Riigikantselei, lk 8
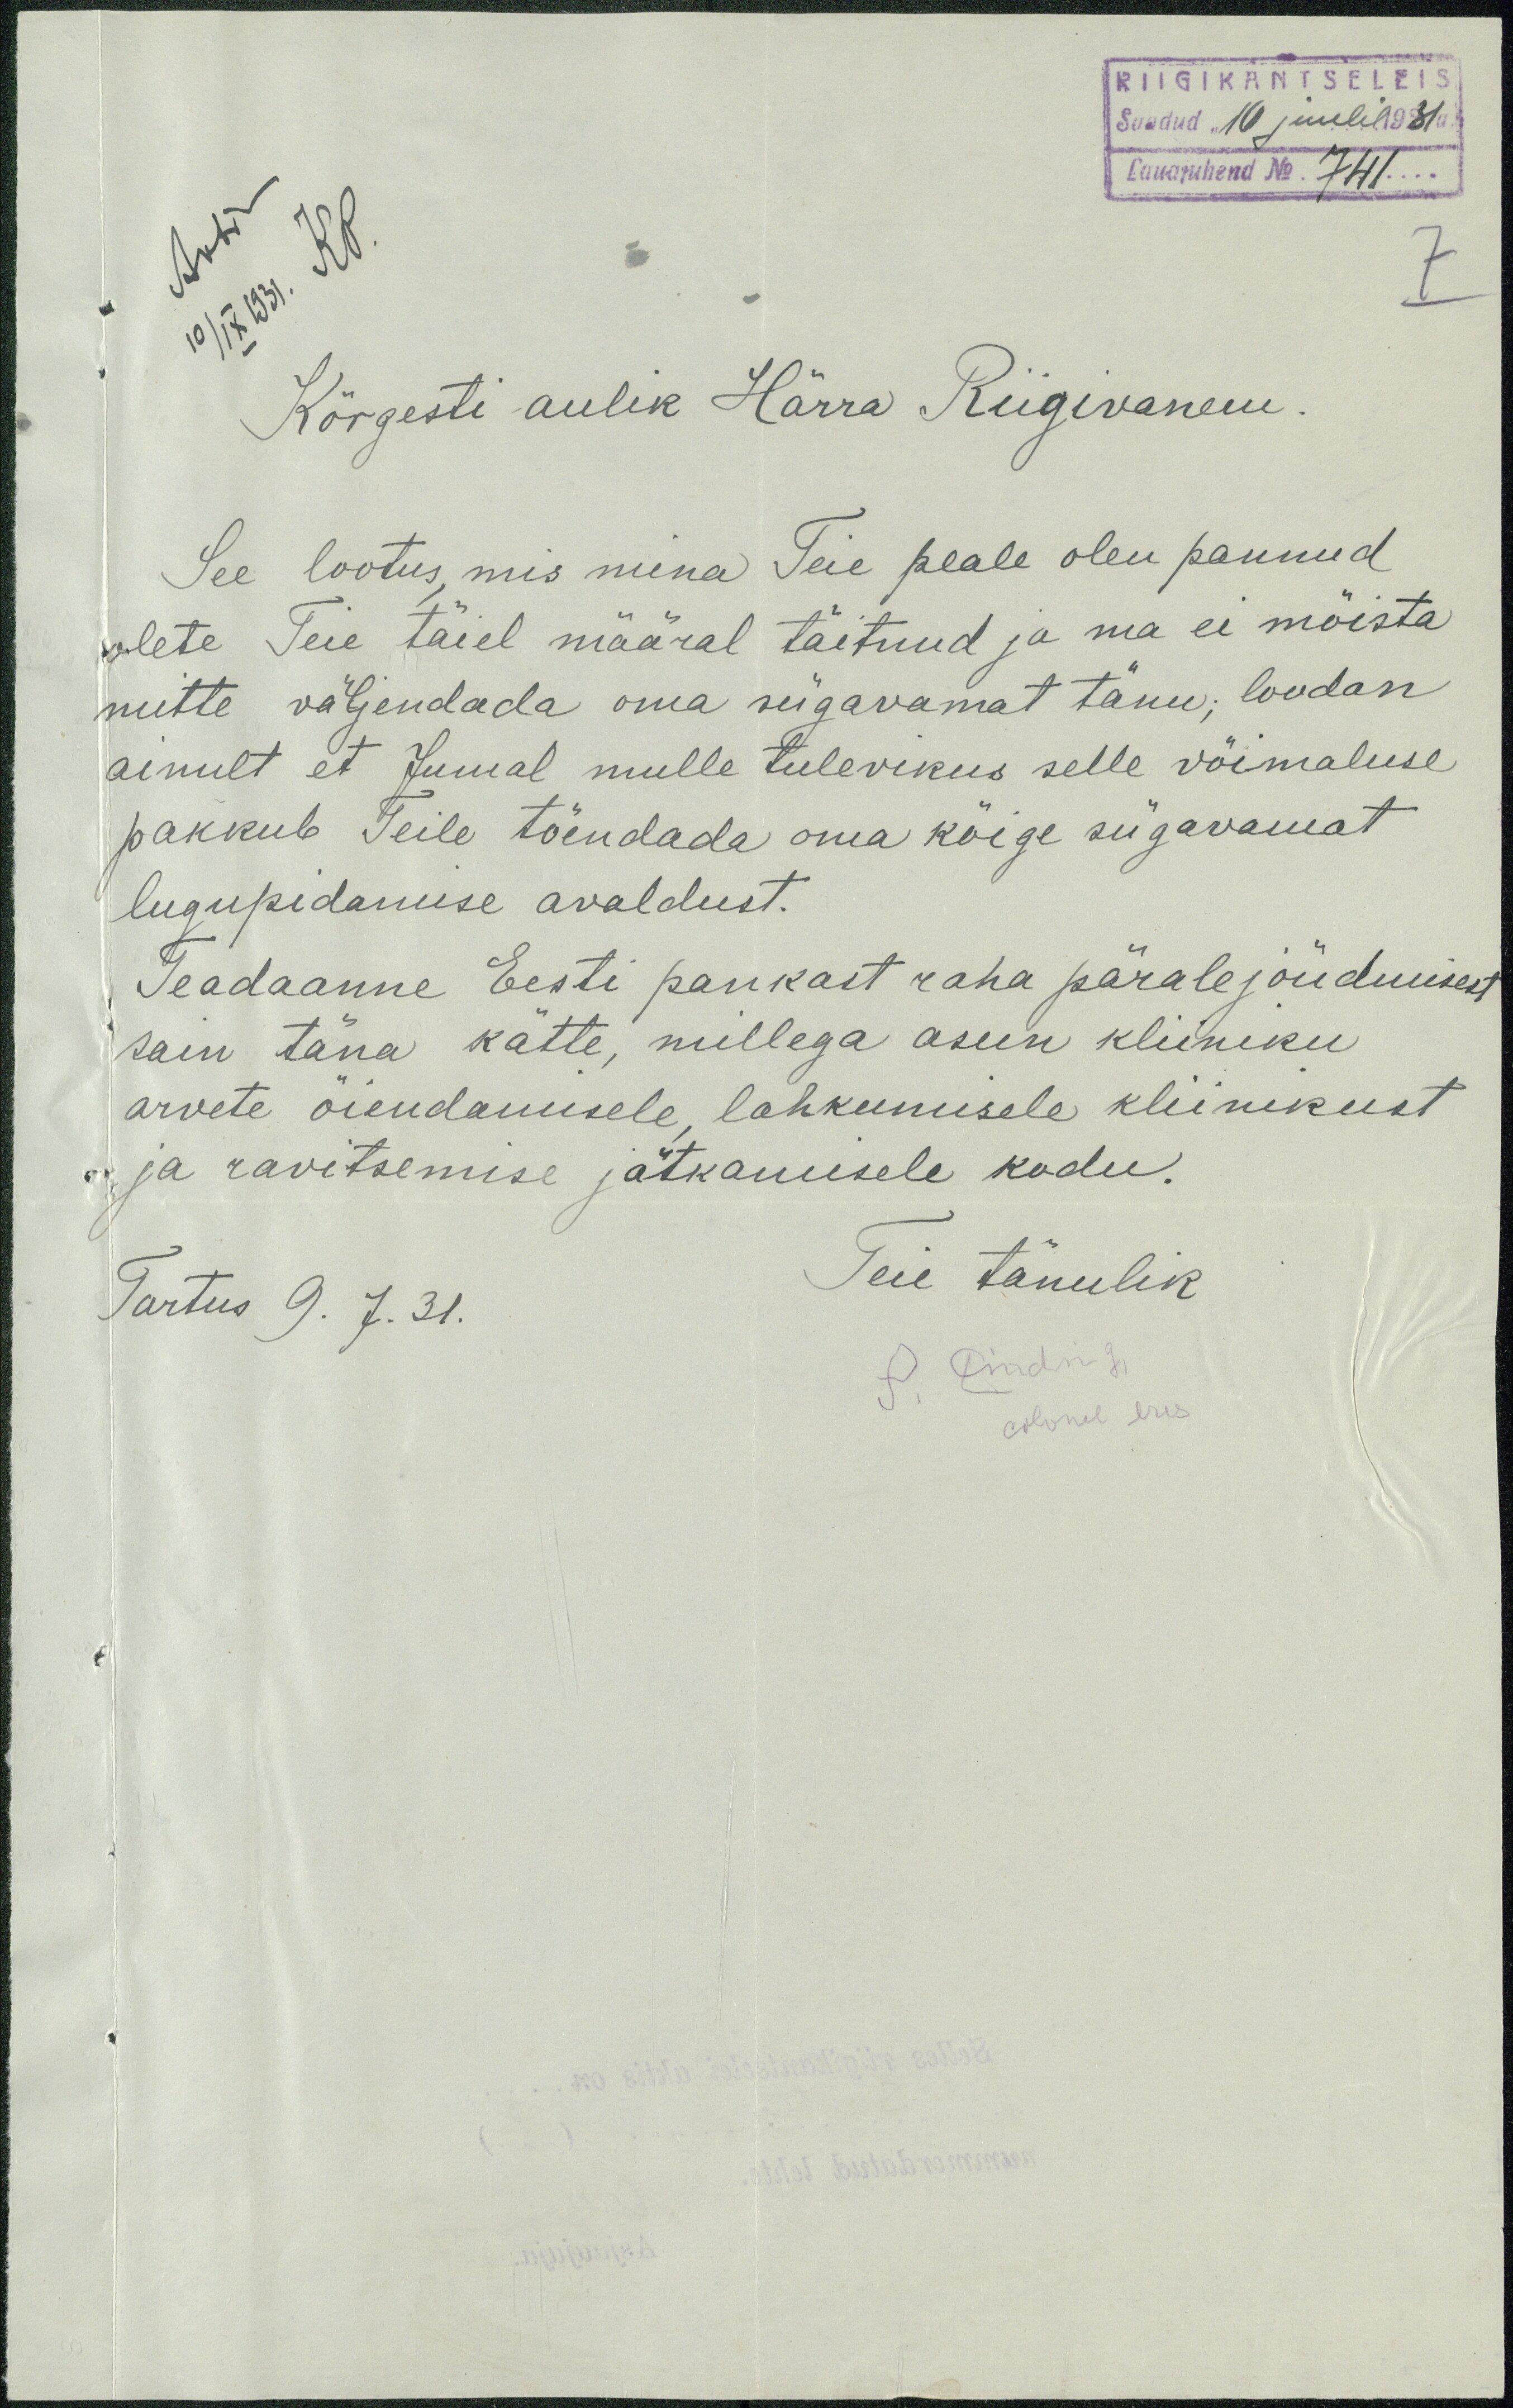
RIIGIKANTSELEIS
Saadud. 10 juulil 1931a
Lauajuhend No. 741
7
Kõrgesti aulik Härra Riigivanem.
See lootus, mis mina Teie peale olen pannud
olete Teie täiel määral täitnud ja ma ei mõista
mitte väljendada oma sügavamat tänu, loodan
ainult et Jumal mulle tulevikus selle võimaluse
pakkub Teile tõendada oma kõige sügavamat
lugupidamise avaldust.
Teadaanne Eesti pankast raha päralejõudmisest
sain täna kätte, millega asun kliiniku
arvete õiendamisele, lahkumisele kliinikust
ja ravitasemise jätkamisele kodu.
Teie tänulik
Tartus 9.7.31
S. Pinding,
colonel erus